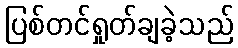
ပြစ်တင်ရှုတ်ချခဲ့သည်